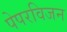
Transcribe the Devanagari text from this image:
पेपरविजन